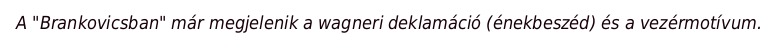
A "Brankovicsban" már megjelenik a wagneri deklamáció (énekbeszéd) és a vezérmotívum.